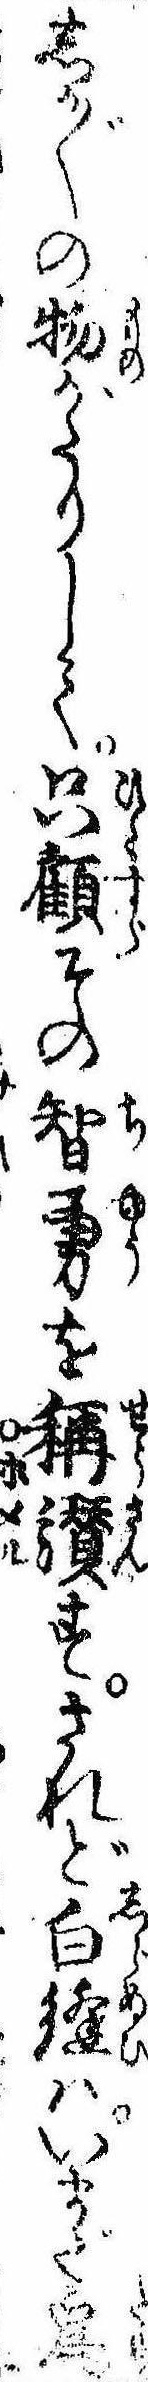
しか〲の物がたりして只顧その智勇を称讃すされど白縫はいまだ為